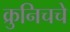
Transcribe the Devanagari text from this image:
क्रुनिचचे